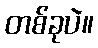
တစ်ခုပဲ။